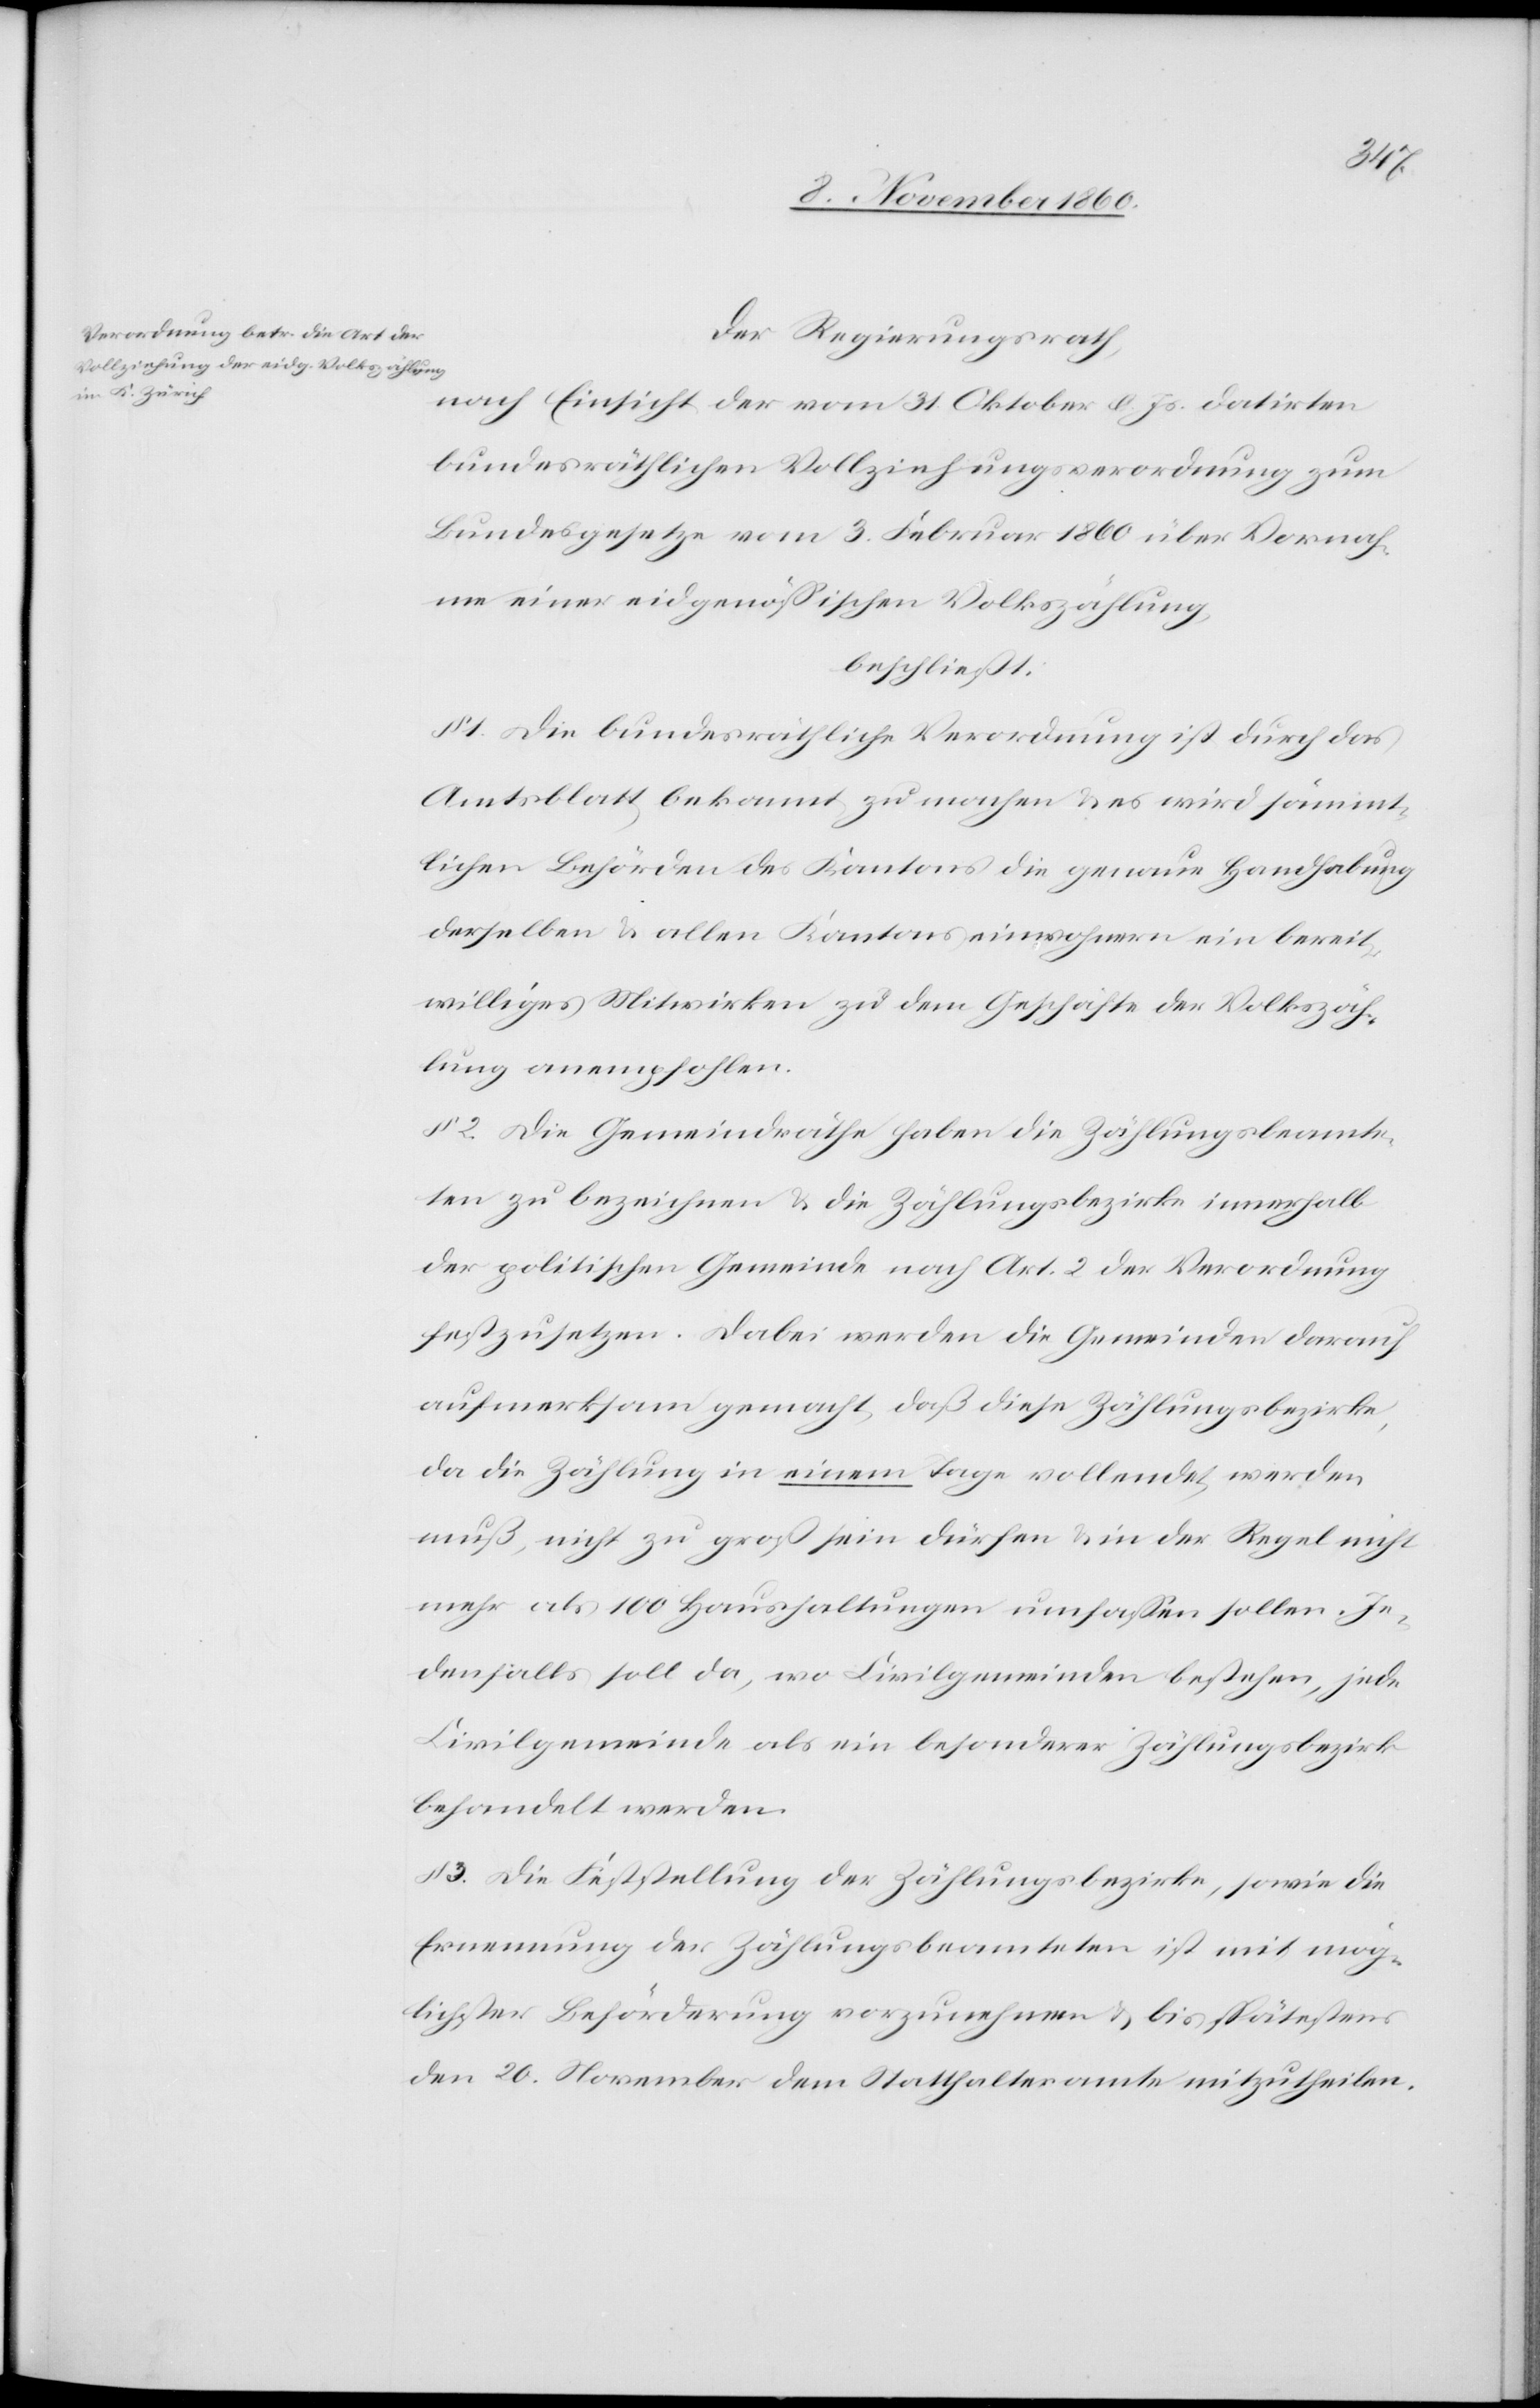
Der Regierungsrath,
nach Einsicht der vom 31. Oktober d. Js. datirten
bundesräthlichen Vollziehungsverordnung zum
Bundesgesetze vom 3. Februar 1860 über Vornah¬
me einer eidgenössischen Volkszählung,
beschließt:
1. Die bundesräthliche Verordnung ist durch das
Amtsblatt bekannt zu machen u. es wird sämmt¬
lichen Behörden des Kantons die genaue Handhabung
derselben u. allen Kantonseinwohnern ein bereit¬
williges Mitwirken zu dem Geschäfte der Volkszäh¬
lung anempfohlen.
§ 2. Die Gemeindräthe haben die Zählungsbeamte¬
ten zu bezeichnen u. die Zählungsbezirke innerhalb
der politischen Gemeinde nach Art. 2 der Verordnung
festzusetzen. Dabei werden die Gemeinden darauf
aufmerksam gemacht, daß diese Zählungsbezirke,
da die Zählung in einem Tage vollendet werden
muß, nicht zu groß sein dürfen u. in der Regel nicht
mehr als 100 Haushaltungen umfassen sollen. Je¬
denfalls soll da, wo Civilgemeinden bestehen, jede
Civilgemeinde als ein besonderer Zählungsbezirk
behandelt werden.
3. Die Feststellung der Zählungsbezirke, sowie die
Ernennung der Zählungsbeamteten ist mit mög¬
lichster Beförderung vorzunehmen u. bis spätestens
den 20. November dem Statthalteramte mitzutheilen.